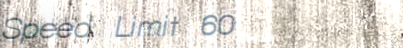
Speed Limit 60